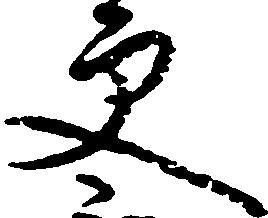
更